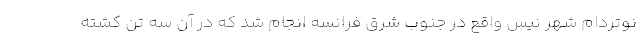
نوتردام شهر نیس واقع در جنوب شرق فرانسه انجام شد که در آن سه تن کشته